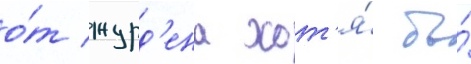
о́т журд'ена хот'я́ бы́